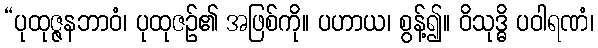
“ပုထုဇ္ဇနဘာဝံ၊ ပုထုဇဉ်၏ အဖြစ်ကို။ ပဟာယ၊ စွန့်၍။ ဝိသုဒ္ဓိ ပဝါရဏံ၊